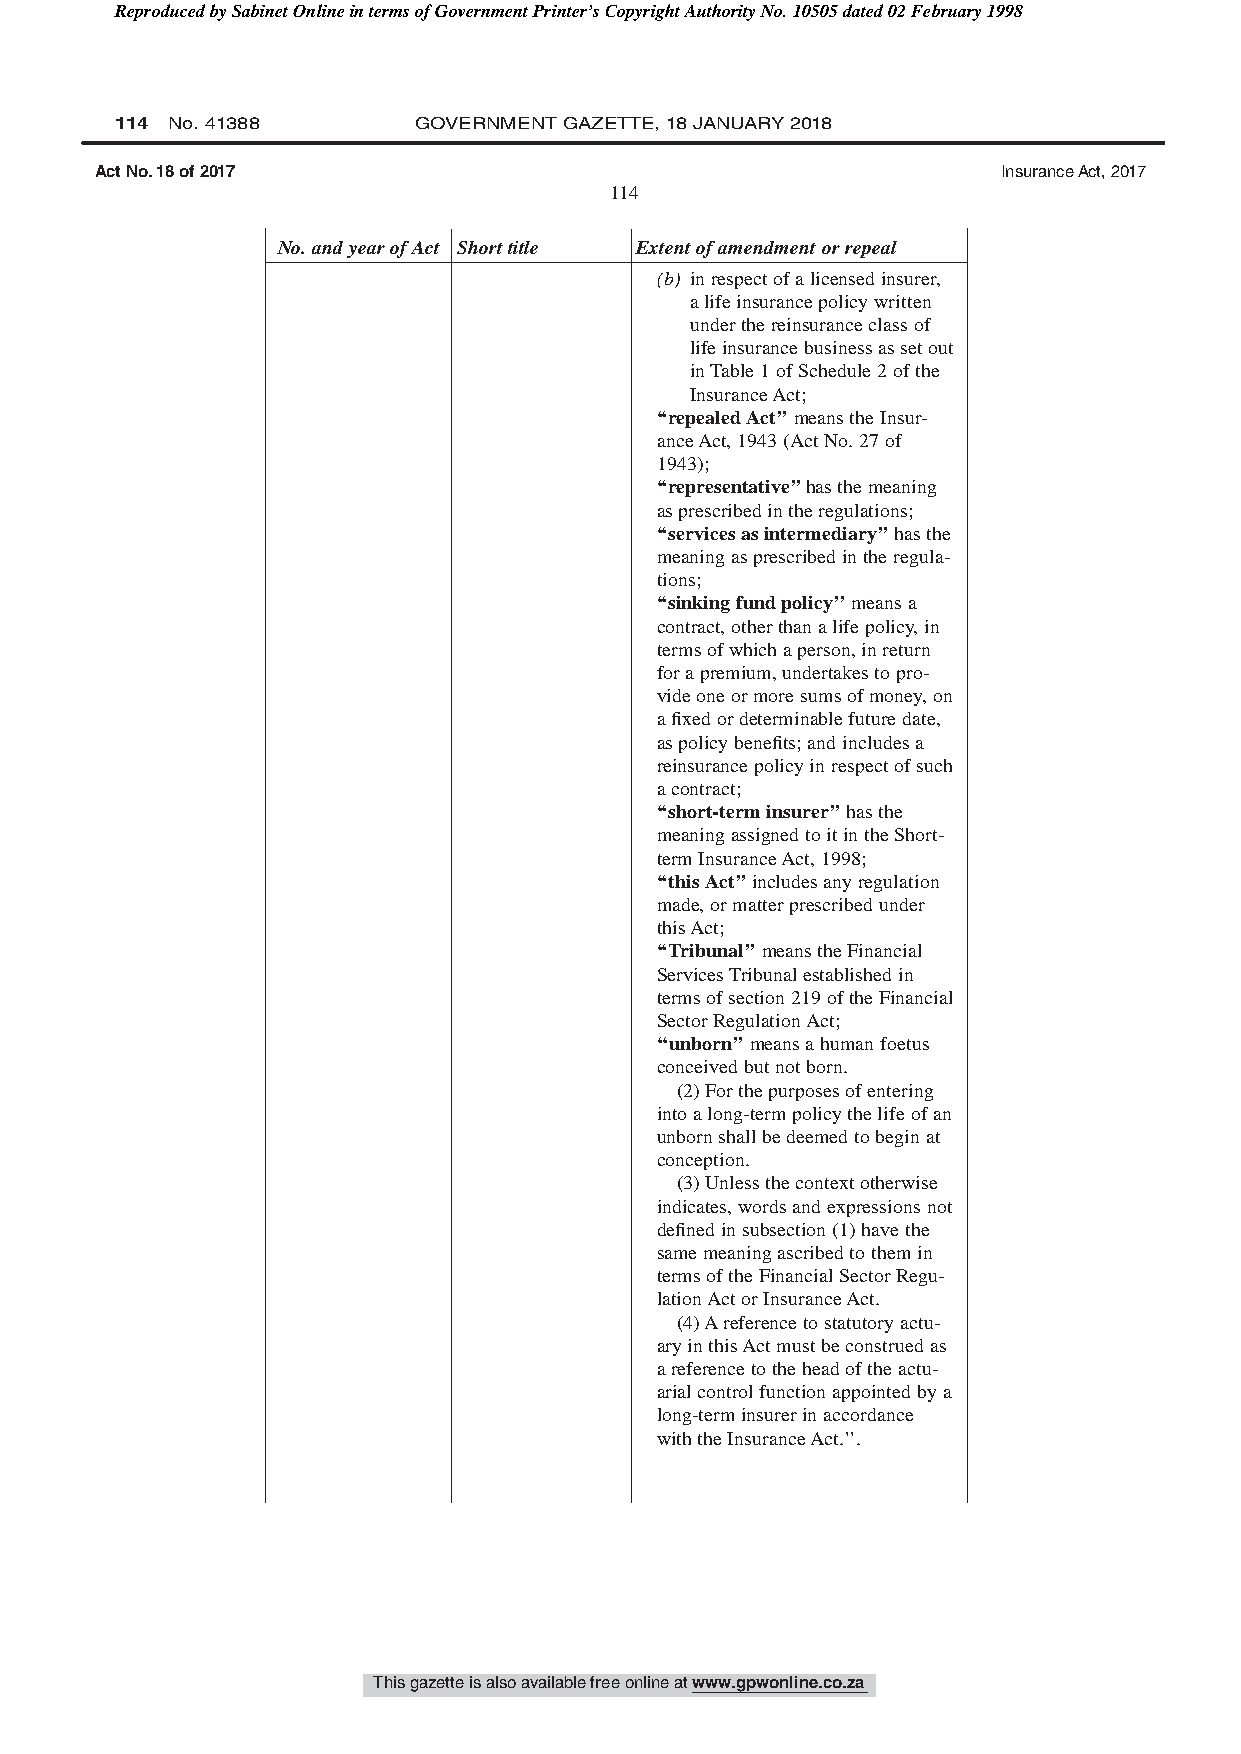
Reproduced by Sabinet Online in terms of Government Printer’s Copyright Authority No. 10505 dated 02 February 1998
 114 No. 41388      GOVERNMENT GAZETTE, 18 JANUARY 2018
 Act No. 18 of 2017                                          Insurance Act, 2017
 114
 No.andyearofAct Shorttitle Extentofamendmentorrepeal
 (b) inrespectofalicensedinsurer,
 alifeinsurancepolicywritten
 underthereinsuranceclassof
 lifeinsurancebusinessassetout
 inTable1ofSchedule2ofthe
 InsuranceAct;
 ‘‘repealedAct’’meanstheInsur-
 anceAct,1943(ActNo.27of
 1943);
 ‘‘representative’’hasthemeaning
 asprescribedintheregulations;
 ‘‘servicesasintermediary’’hasthe
 meaningasprescribedintheregula-
 tions;
 ‘‘sinkingfundpolicy’’meansa
 contract,otherthanalifepolicy,in
 termsofwhichaperson,inreturn
 forapremium,undertakestopro-
 videoneormoresumsofmoney,on
 afixedordeterminablefuturedate,
 aspolicybenefits;andincludesa
 reinsurancepolicyinrespectofsuch
 acontract;
 ‘‘short-terminsurer’’hasthe
 meaningassignedtoitintheShort-
 termInsuranceAct,1998;
 ‘‘thisAct’’includesanyregulation
 made,ormatterprescribedunder
 thisAct;
 ‘‘Tribunal’’meanstheFinancial
 ServicesTribunalestablishedin
 termsofsection219oftheFinancial
 SectorRegulationAct;
 ‘‘unborn’’meansahumanfoetus
 conceivedbutnotborn.
 (2)Forthepurposesofentering
 intoalong-termpolicythelifeofan
 unbornshallbedeemedtobeginat
 conception.
 (3)Unlessthecontextotherwise
 indicates,wordsandexpressionsnot
 definedinsubsection(1)havethe
 samemeaningascribedtothemin
 termsoftheFinancialSectorRegu-
 lationActorInsuranceAct.
 (4)Areferencetostatutoryactu-
 aryinthisActmustbeconstruedas
 areferencetotheheadoftheactu-
 arialcontrolfunctionappointedbya
 long-terminsurerinaccordance
 withtheInsuranceAct.’’.
 This gazette is also available free online at www.gpwonline.co.za